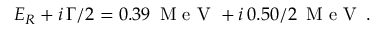
E _ { R } + i \, \Gamma / 2 = 0 . 3 9 \, \mathrm { ~ M ~ e ~ V ~ } + i \, 0 . 5 0 / { 2 } \, \mathrm { ~ M ~ e ~ V ~ } \, .